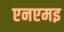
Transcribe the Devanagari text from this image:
एनएमइ